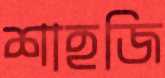
শাহজি